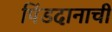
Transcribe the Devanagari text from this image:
पिंडदानाची